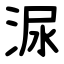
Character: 㳮